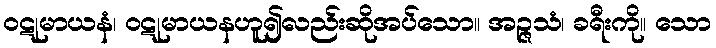
ဝဋုမာယနံ၊ ဝဋုမာယနဟူ၍လည်းဆိုအပ်သော။ အဉ္ဇသံ၊ ခရီးကို။ သော